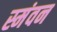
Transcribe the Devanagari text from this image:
स्मंवन